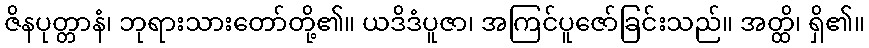
ဇိနပုတ္တာနံ၊ ဘုရားသားတော်တို့၏။ ယဒိဒံပူဇာ၊ အကြင်ပူဇော်ခြင်းသည်။ အတ္ထိ၊ ရှိ၏။